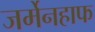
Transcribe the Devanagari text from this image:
जर्मेनहाफ